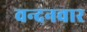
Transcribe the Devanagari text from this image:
वन्‍दनवार